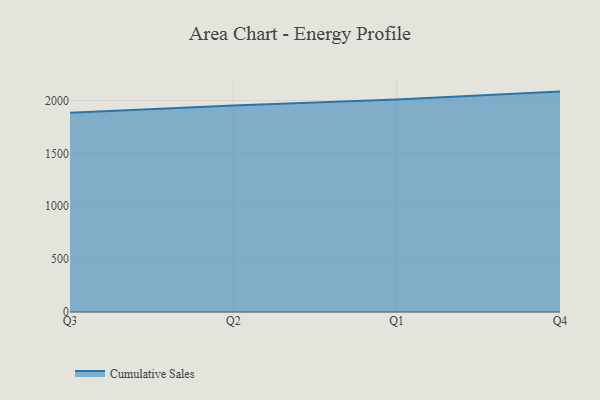
{"axis": {"x": "Quarter", "y": "Active Users"}, "legend": ["Cumulative Sales"], "data": [{"x": "Q3", "y": 1884.3, "type": "Cumulative Sales"}, {"x": "Q2", "y": 1953.0, "type": "Cumulative Sales"}, {"x": "Q1", "y": 2010.2, "type": "Cumulative Sales"}, {"x": "Q4", "y": 2085.0, "type": "Cumulative Sales"}]}